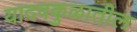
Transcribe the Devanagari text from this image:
यादवकुळातील